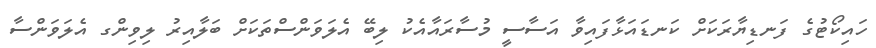
ހައިކޯޓުގެ ފަނޑިޔާރަކަށް ކަނޑައަޅާފައިވާ އަސާސީ މުސާރައާއެކު ލިބޭ އެލަވަންސްތަކަށް ބަލާއިރު ލިވިންގ އެލަވަންސާ